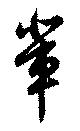
輩